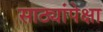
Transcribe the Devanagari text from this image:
साठ्यांपेक्षा